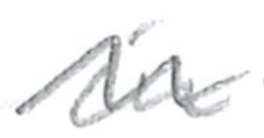
Text: in
Cross-out: wave
Writing tool: pencil